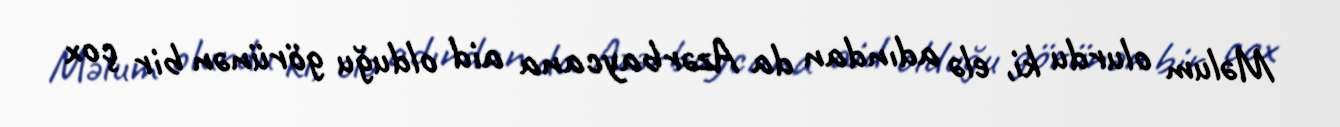
Məlum olurdu ki, elə adından da Azərbaycana aid olduğu görünən bir çox